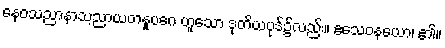
နေဝသညာနာသ့ညာယတနူပဂေ ဟူသော ဒုတိယပုဒ်၌လည်း။ ဧသေဝနယော၊ ၏။